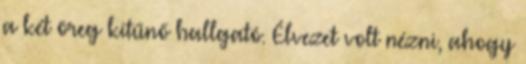
a két öreg kitűnő hallgató. Élvezet volt nézni, ahogy